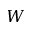
W